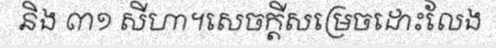
និង ៣១ សីហា។សេចក្តីសម្រេចដោះលែង